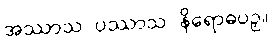
အဿာသ ပဿာသ နိရောဓပဉှ။